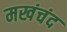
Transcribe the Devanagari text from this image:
मखंचंद